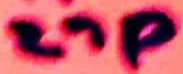
Text: 27P